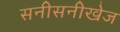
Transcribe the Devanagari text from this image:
सनीसनीखेज